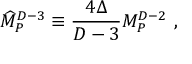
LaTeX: { \widehat M } _ { P } ^ { D - 3 } \equiv { \frac { 4 \Delta } { D - 3 } } M _ { P } ^ { D - 2 } ~ ,